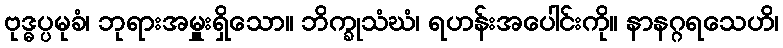
ဗုဒ္ဓပ္ပမုခံ၊ ဘုရားအမှူးရှိသော။ ဘိက္ခုသံဃံ၊ ရဟန်းအပေါင်းကို။ နာနဂ္ဂရသေဟိ၊